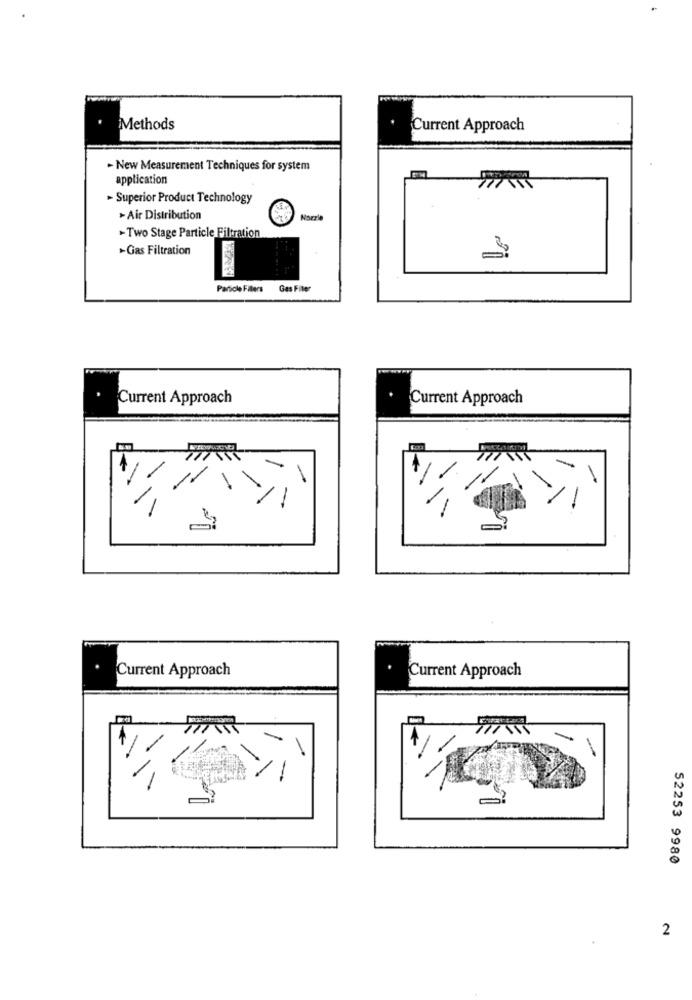
Methods
Current Approach
- New Measurement Techniques for system
application
> Superior Product Technology
-Air Distribution
Marri
-Two Stage Particle Filtration
-Gas Filtration
Parscle Filters
Gas Fiber
Current Approach
Current Approach
-
=?
Current Approach
Current Approach
-
-
52253 9980
2